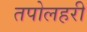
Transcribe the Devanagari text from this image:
तपोलहरी